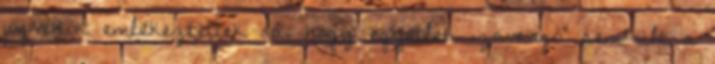
jogvédők emlékeztettek rá, hogy egyetlen „zavargó” sem ült a